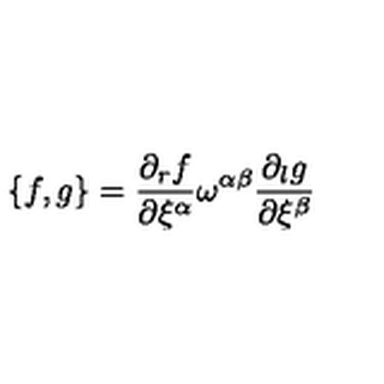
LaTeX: \{ f , g \} = \frac { \partial _ { r } f } { \partial \xi ^ { \alpha } } \omega ^ { \alpha \beta } \frac { \partial _ { l } g } { \partial \xi ^ { \beta } }